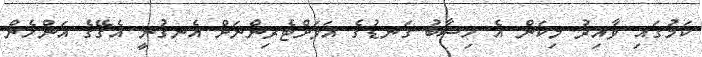
ކަމުގައި ވާއިރު މިކަން އެ ހިސާބު ގަނޑުގެ އަވަށްޓެރިންނަށް އެނގުނީ އެގޭގެ އަންހެން